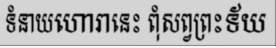
ទំនាយហោរានេះ ពុំសព្វព្រះទ័យ